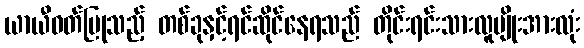
ယာယီဝတ်ပြုသည့် တစ်ခုနှင့်ရင်ဆိုင်နေရသည် တိုင်းရင်းသားလူမျိုးအားလုံး